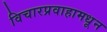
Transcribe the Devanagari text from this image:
विचारप्रवाहामधून